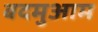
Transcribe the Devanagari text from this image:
बदमुआम